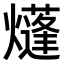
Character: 𤑫